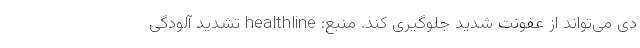
دی می‌تواند از عفونت شدید جلوگیری کند. منبع: healthline تشدید آلودگی